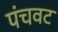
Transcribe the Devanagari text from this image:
पंचवट